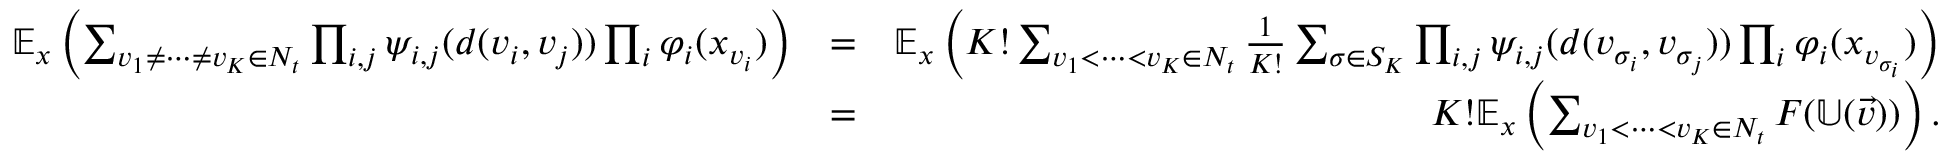
\begin{array} { r l r } { \mathbb E _ { x } \left( \sum _ { v _ { 1 } \neq \cdots \neq v _ { K } \in { \cal N } _ { t } } \prod _ { i , j } \psi _ { i , j } ( d ( v _ { i } , v _ { j } ) ) \prod _ { i } \varphi _ { i } ( x _ { v _ { i } } ) \right) } & { = } & { \mathbb E _ { x } \left( K ! \sum _ { v _ { 1 } < \cdots < v _ { K } \in { \cal N } _ { t } } \frac { 1 } { K ! } \sum _ { \sigma \in S _ { K } } \prod _ { i , j } \psi _ { i , j } ( d ( v _ { \sigma _ { i } } , v _ { \sigma _ { j } } ) ) \prod _ { i } \varphi _ { i } ( x _ { v _ { \sigma _ { i } } } ) \right) } \\ & { = } & { K ! \mathbb E _ { x } \left( \sum _ { v _ { 1 } < \cdots < v _ { K } \in { \cal N } _ { t } } F ( { \mathbb U } ( \vec { v } ) ) \right) . } \end{array}